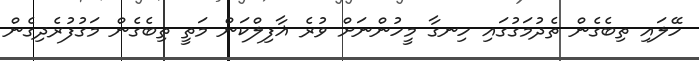
ހޭލައި ތިބެގެން ތެދުމަގުގައި ހިނގާ މީހުންނަށް ވުރެ ޣާފިލްކަން މަތީ ތިބެގެން މަގުފުރެދިގެން